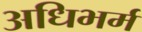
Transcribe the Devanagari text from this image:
अधिभर्म